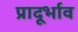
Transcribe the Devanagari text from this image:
प्रादूर्भाव